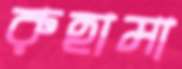
রুহামা